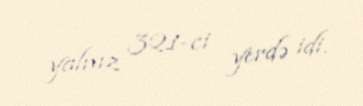
yalnız 321-ci yerdə idi.